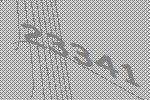
23341